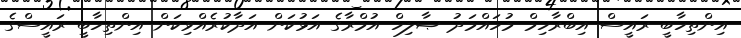
އިންތިހާބީ ރައީސް އިބްރާހިމް މުހައްމަދު ޞާލިހް އުމްރާގެ އަޅުކަން އަދާކުރެއްވިކަން އިންތިހާބީ ރައީސްގެ